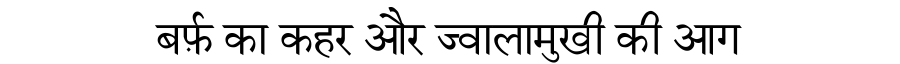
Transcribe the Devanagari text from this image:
बर्फ़ का कहर और ज्वालामुखी की आग